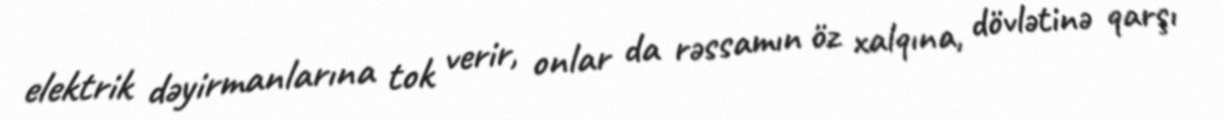
elektrik dəyirmanlarına tok verir, onlar da rəssamın öz xalqına, dövlətinə qarşı